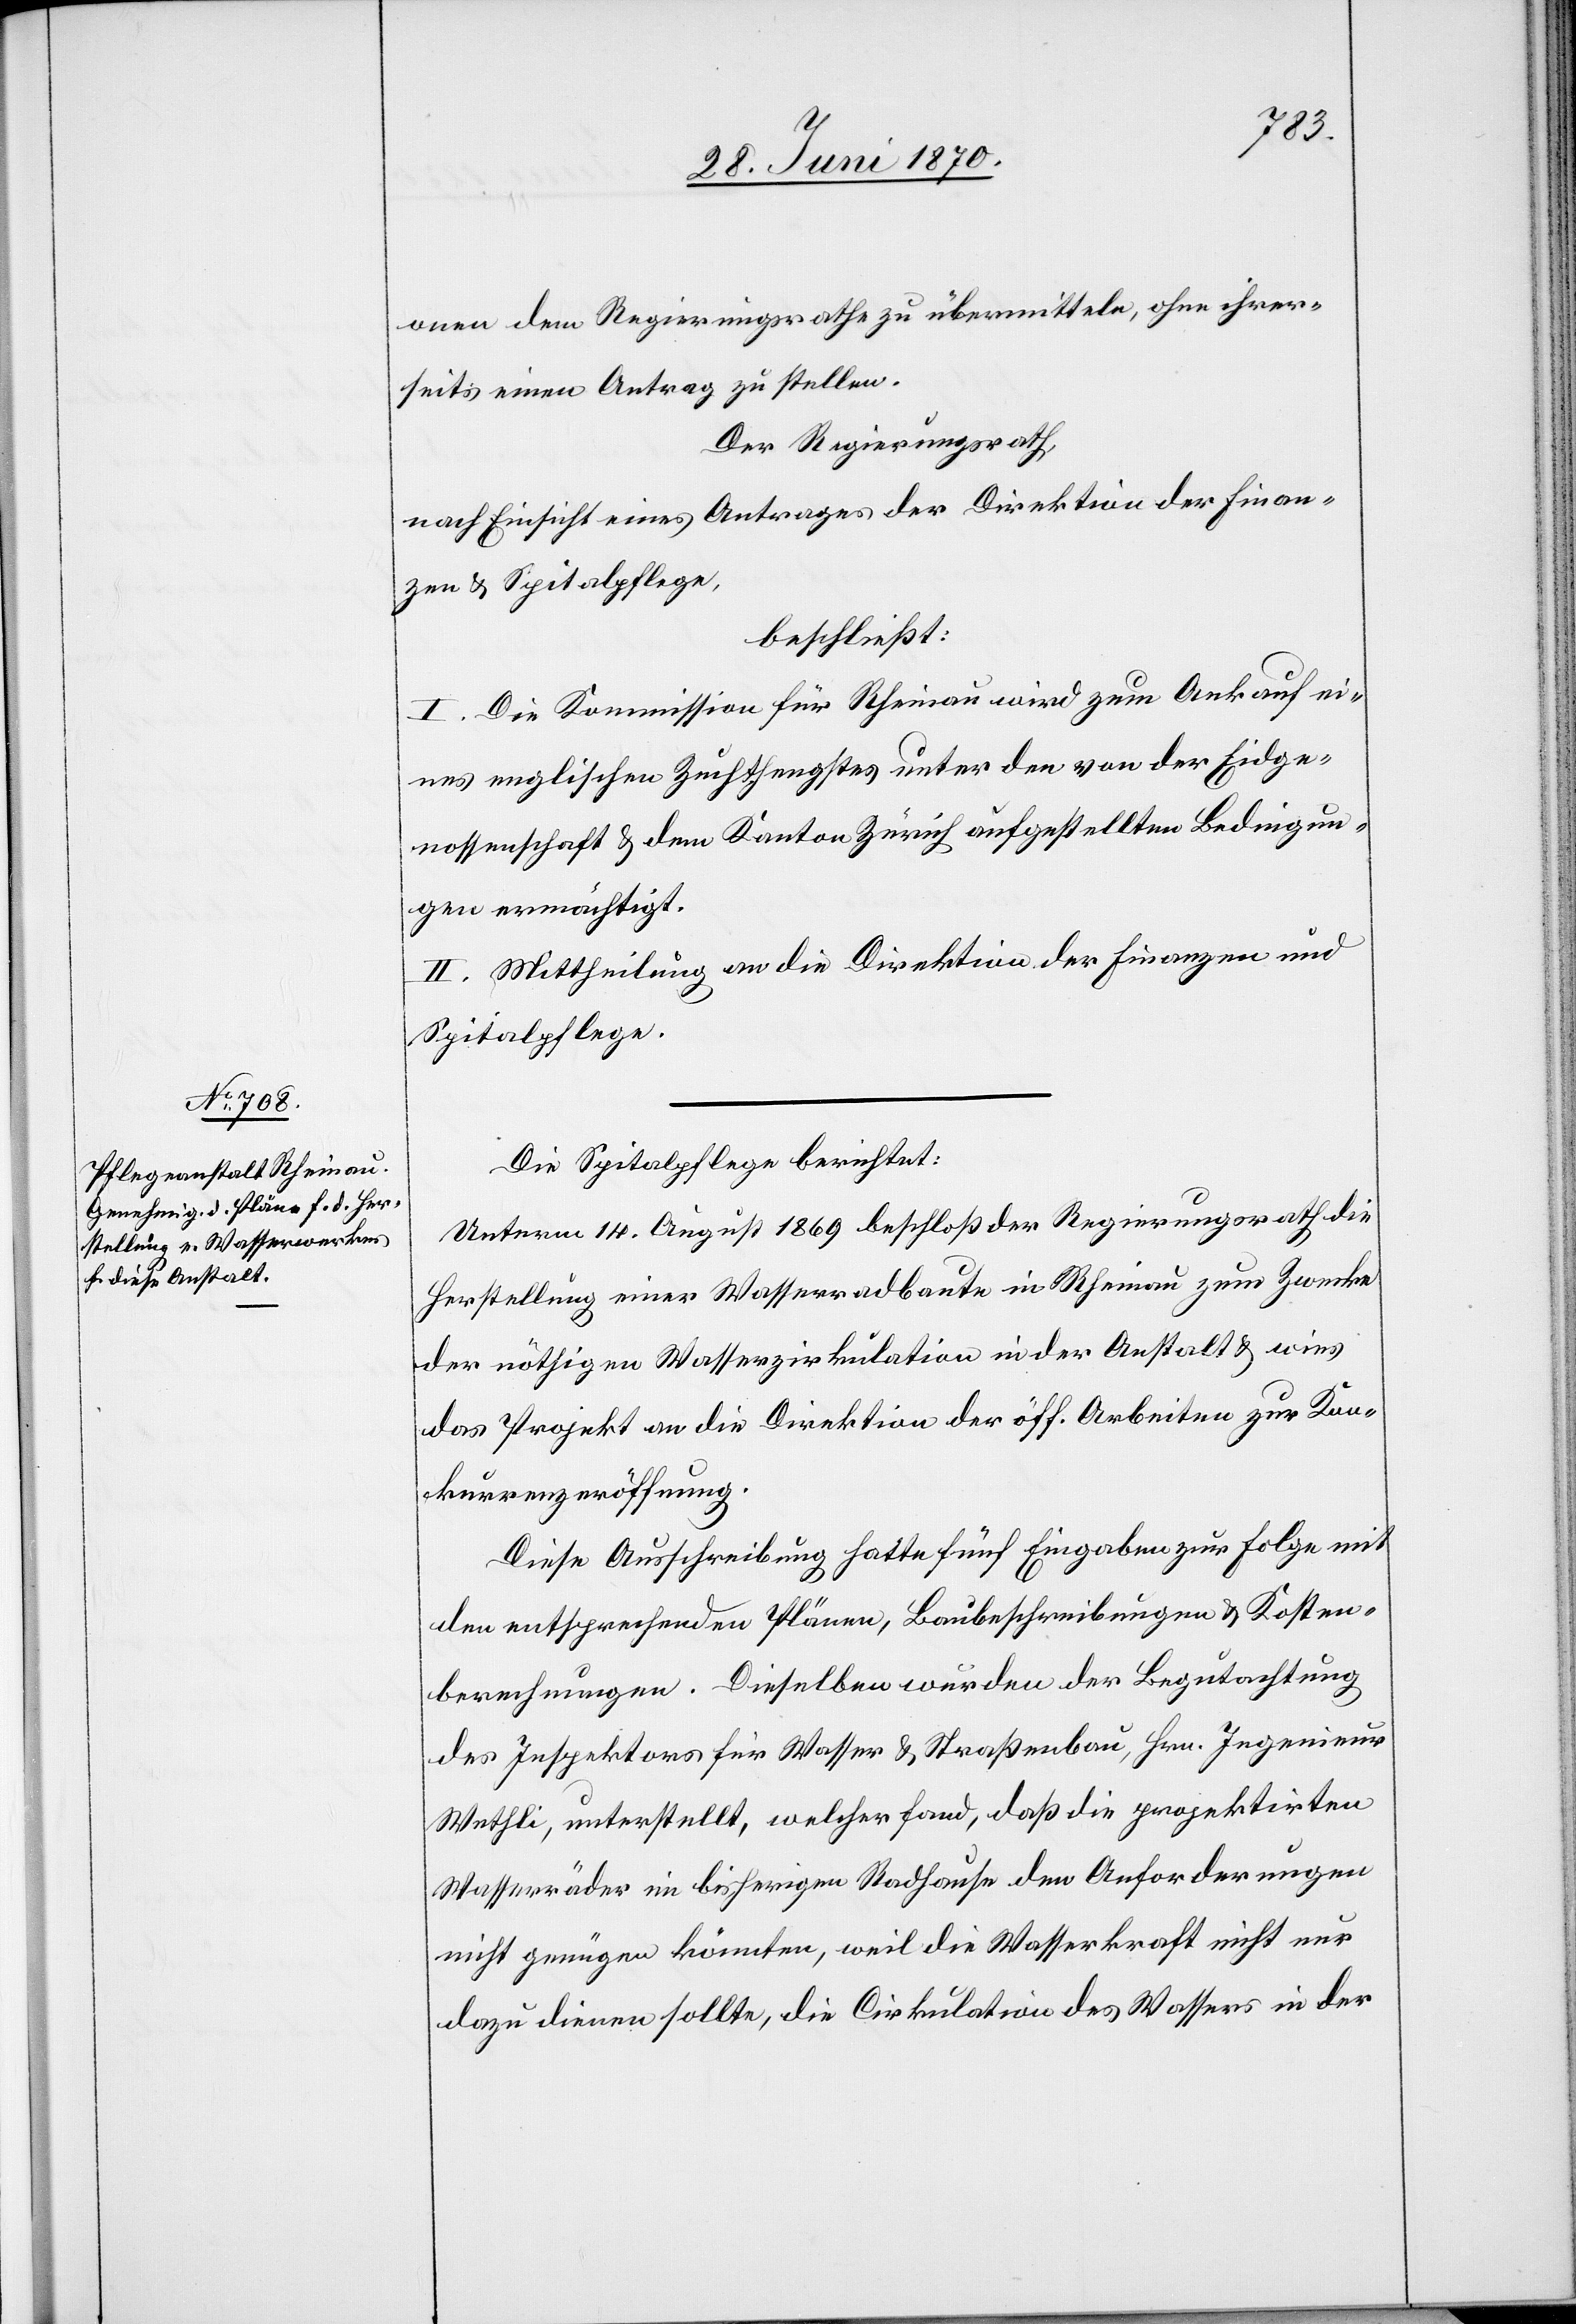
onen dem Regierungsrathe zu übermitteln, ohne ihrer¬
seits einen Antrag zu stellen.
Der Regierungsrath,
nach Einsicht eines Antrages der Direktion der Finan¬
zen & Spitalpflege,
beschließt:
I. Die Kommission für Rheinau wird zum Ankauf ei¬
nes englischen Zuchthengstes unter den von der Eidge¬
nossenschaft & dem Kanton Zürich aufgestellten Bedingun¬
gen ermächtigt.
II. Mittheilung an die Direktion der Finanzen und
Spitalpflege.
Die Spitalpflege berichtet:
Unterm 14. August 1868 beschloß der Regierungsrath die
Herstellung einer Wasserradbaute in Rheinau zum Zwecke
der nöthigen Wasserzirkulation in der Anstalt & wies
das Projekt an die Direktion der öff. Arbeiten zur Kon¬
kurrenzeröffnung.
Diese Ausschreibung hatte fünf Eingaben zur Folge mit
den entsprechenden Plänen, Baubeschreibungen & Kosten¬
berechnungen. Dieselben wurden der Begutachtung
des Inspektors für Wasser & Straßenbau, Hrn. Ingenieur
Wethli, unterstellt, welcher fand, daß die projektirtren
Wasserräder im bisherigen Radhause den Anforderungen
nicht genügen könnten, weil die Wasserkraft nicht nur
dazu dienen sollte, die Cirkulation des Wassers in der